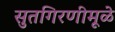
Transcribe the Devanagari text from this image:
सुतगिरणीमूळे